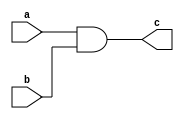
//Exercicio 09
//Nome: Vitor Angelo Lima
//Matrcula: 451621

module  andgate( output c, input a, input b);
	assign c = a & b ;
endmodule

module andgate2( output m, input a, input b, input c, input d );
	wire e, f;
	andgate a1( e, a, b);
	andgate a2( f, c, d);
	andgate a3( m, e, f );
endmodule

module testgate;
	reg a, b, c, d;
	wire e;
	andgate2 gate1 (e, a, b, c, d);
	
	initial begin
		a = 0; b = 0; c=0; d=0;
		#1 $monitor ("( %b & %b & %b & %b ) = %b", a, b, c, d, e);
		#1 a = 0; b = 0; c = 0; d = 0;
		#1 a = 1; b = 1; c = 1; d = 1;
		#1 a = 1; b = 0; c = 1; d = 0;
		#1 a = 0; b = 0; c = 1; d = 1;

	end
endmodule